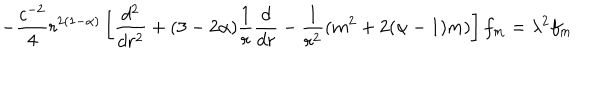
- \frac { c ^ { - 2 } } { 4 } r ^ { 2 ( 1 - \alpha ) } \left[ \frac { d ^ { 2 } } { d r ^ { 2 } } + ( 3 - 2 \alpha ) \frac { 1 } { r } \frac { d } { d r } - \frac { 1 } { r ^ { 2 } } ( m ^ { 2 } + 2 ( \alpha - 1 ) m ) \right] f _ { m } = \lambda ^ { 2 } f _ { m }